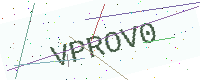
Text: VPROV0